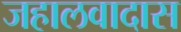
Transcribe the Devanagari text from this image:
जहालवादास